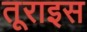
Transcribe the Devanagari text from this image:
तूराइस